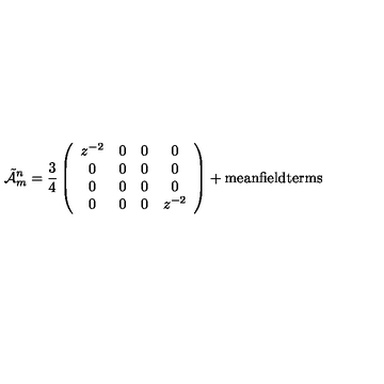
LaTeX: \tilde { \cal A } _ { m } ^ { n } = \frac { 3 } { 4 } \left( \begin{array} { c c c c } { z ^ { - 2 } } & { 0 } & { 0 } & { 0 } \\ { 0 } & { 0 } & { 0 } & { 0 } \\ { 0 } & { 0 } & { 0 } & { 0 } \\ { 0 } & { 0 } & { 0 } & { z ^ { - 2 } } \\ \end{array} \right) + \mathrm { m e a n f i e l d t e r m s }